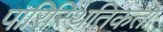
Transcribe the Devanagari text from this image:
पारिस्थितिकता